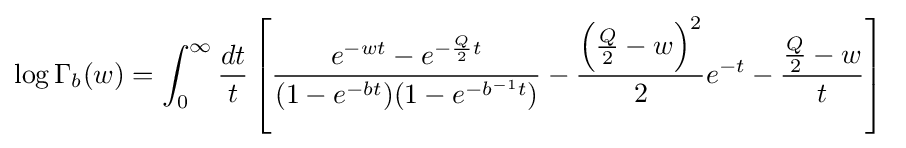
\log \Gamma _{b}(w)=\int _{0}^{\infty }{\frac {dt}{t}}\left[{\frac {e^{-wt}-e^{-{\frac {Q}{2}}t}}{(1-e^{-bt})(1-e^{-b^{-1}t})}}-{\frac {\left({\frac {Q}{2}}-w\right)^{2}}{2}}e^{-t}-{\frac {{\frac {Q}{2}}-w}{t}}\right]\